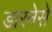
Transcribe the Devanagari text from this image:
डारनेसे